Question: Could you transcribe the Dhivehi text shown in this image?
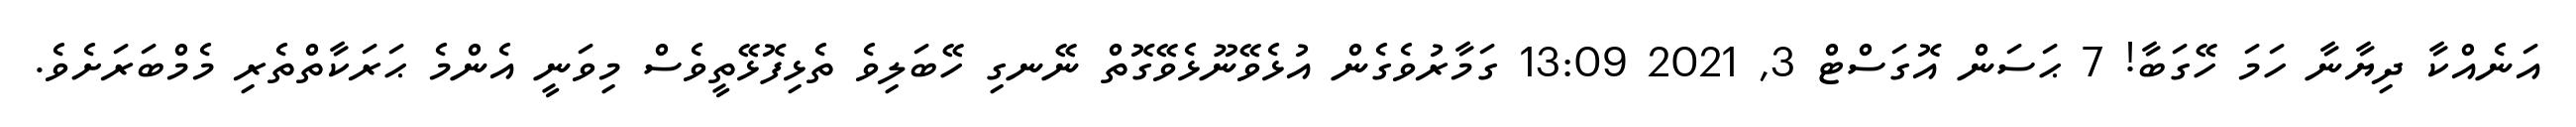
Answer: އަނެއްކާ ދިޔާނާ ހަމަ ހޭގަބާ! 7 ޙަސަން އޮގަސްޓް 3, 2021 13:09 ގަމާރުވެގެން އުޅެވޭނޫޅެވޭގޮތް ނޭނގި ހޭބަލިވެ ތެޅިފޮޅޭތީވެސް މިވަނީ އެންމެ ޙަރަކާތްތެރި މެމްބަރަށެވެ.